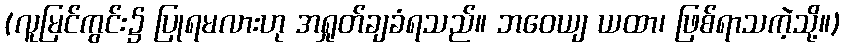
(လူမြင်ကွင်း၌ ပြုရမလားဟု အရှုတ်ချခံရသည်။ ဘဝေယျ ယထာ၊ ဖြစ်ရာသကဲ့သို့။)